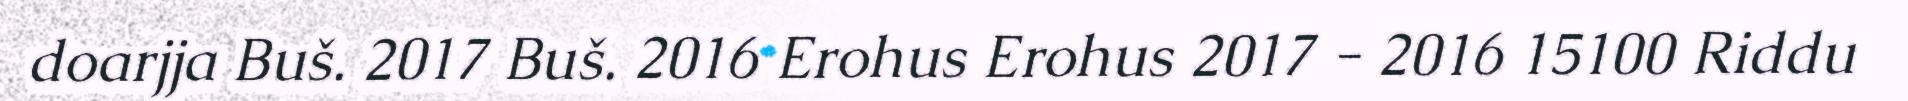
doarjja Buš. 2017 Buš. 2016 Erohus Erohus 2017 - 2016 15100 Riddu